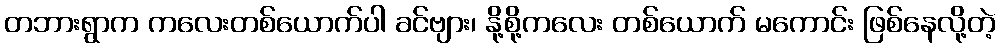
တဘားရွာက ကလေးတစ်ယောက်ပါ ခင်ဗျား၊ နို့စို့ကလေး တစ်ယောက် မကောင်း ဖြစ်နေလို့တဲ့